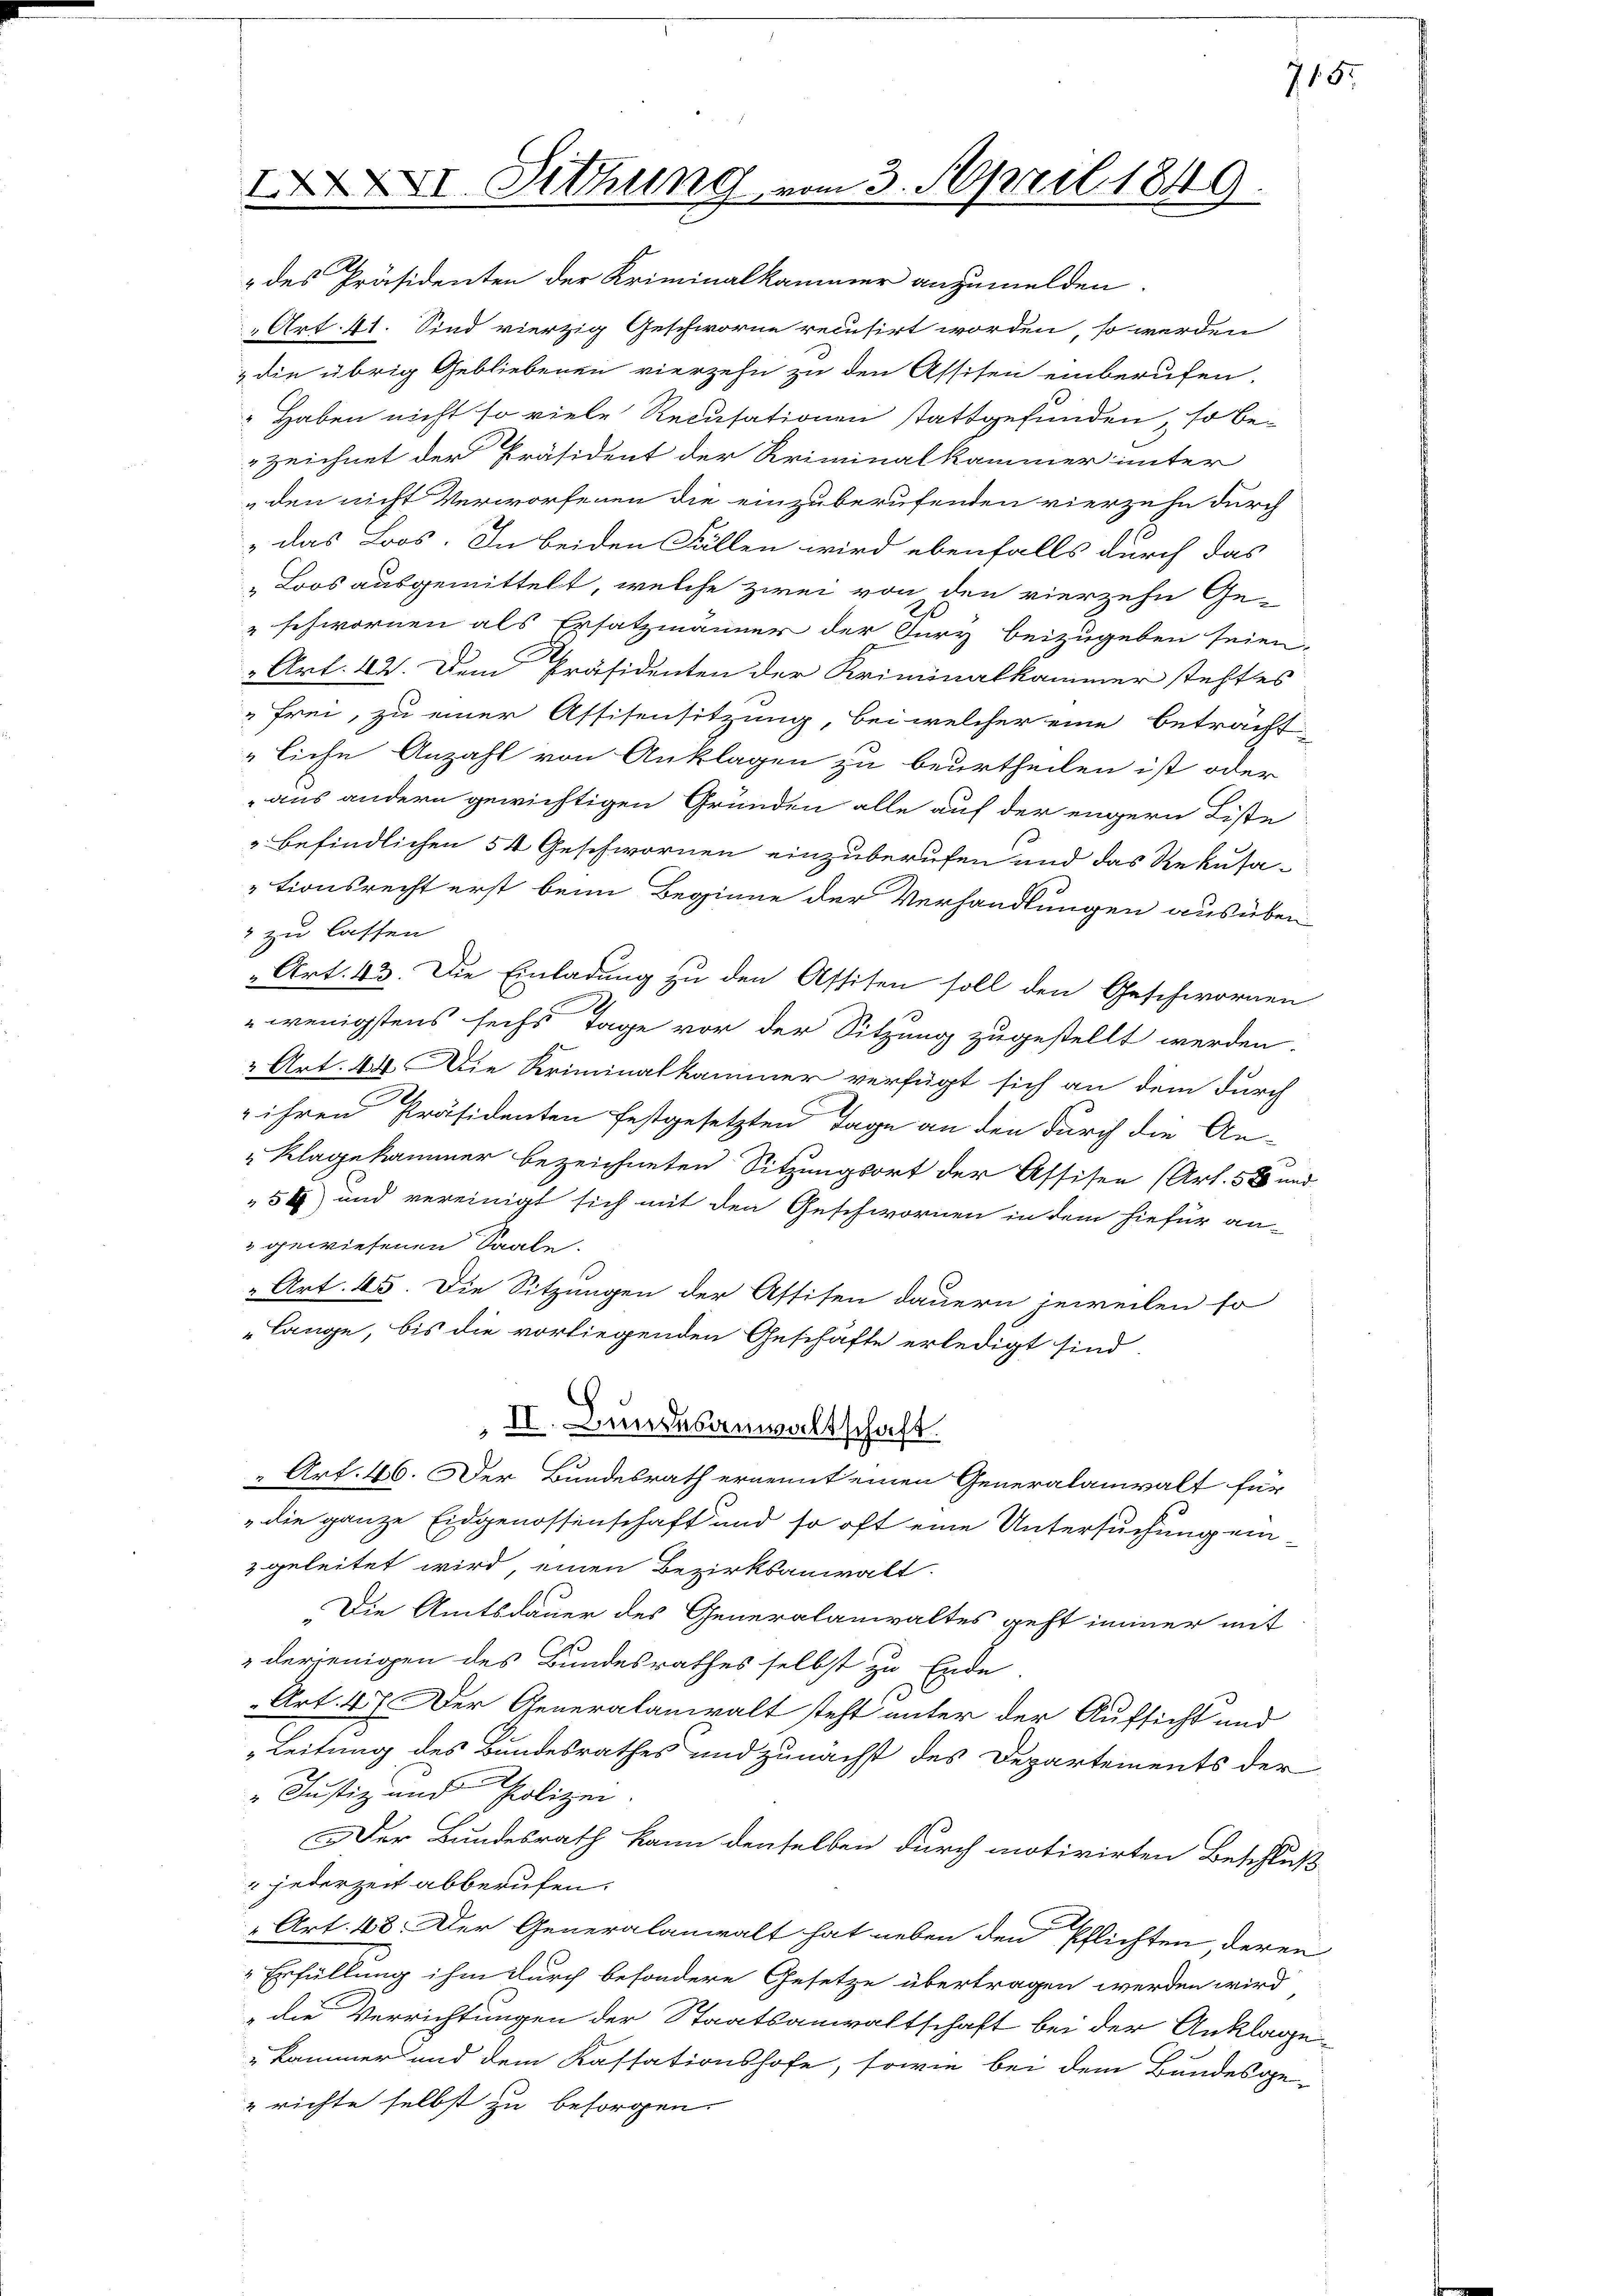
XXVI. Setzung vom 3. April 1849.

des Präsidenten der Kriminalkammer anzumelden.
Art. 41. Sind vierzig Geschworne recusirt worden, so werden
& die übrig Gebliebenen vierzehn zu den Assisen einberufen.
 Haben nicht so viele Recusationen stattgefunden, so be-
zeichnet der Präsident der Kriminalkammer unter
den nicht Verworfenen die einzuberufenden vierzehn durch
das Loos. In beiden Fällen wird ebenfalls durch das
Loos ausgemittelt, welche zwei von den vierzehn Ge-
" schwornen als Ersatzmänner der Sery beizugeben seien.
Art. 42. Dem Präsidenten der Kriminalkammer stehtes
"frei, zu einer Assisensitzung, bei welcher eine beträcht
liche Anzahl von Anklagen zu beurtheilen ist oder
aus andern gewichtigen Gründen alle auf der engern Liste
" befindlichen 54 Geschwornen einzuberufen und das Rekusationsrecht erst beim Beginne der Verhandlungen ausüben¬
" zu lassen.
Art. 43. Die Einladung zu den Assisen soll den Geschwornen
wenigstens sechs Tage vor der Sitzung zugestellt werden.
 Art. 44. Die Kriminalkammer verfügt sich an dem durch
 ihren Präsidenten festgesetzten Tage an den durch die An-
„Klagekammer bezeichneten Sitzungsort der Assisen (Art. 588 und
54) und vereinigt sich mit den Geschwornen in dem hiefür an-
" gewiesenen Saale.
„Art. 45. Die Sitzungen der Assisen dauern jeweilen so
"Lange, bis die vorliegenden Geschäfte erledigt sind,
II. Bundesanwaltschaft
“ Art. 46. Der Bundesrath ernennt einen Generalanwalt für
"die ganze Eidgenossenschaft und so oft eine Untersuchung ein¬
2 geleitet wird, einen Bezirksanwalt.
Die Amtsdauer des Generalanwaltes geht immer mit
derjenigen des Bundesrathes selbst zu Ende.
Art. 47 der Generalanwalt steht unter der Aufsicht und
Leitung des Bundesrathes und zunächst des Departements der
"Justiz und Polizei.
Der Bundesrath kann denselben durch motivirten Beschluß
jederzeit abberufen.
Art. 48. Der Generalanwalt hat neben den Pflichten deren
Erfüllung ihm durch besondere Gesetze übertragen werden wird
die Verrichtungen der Staatsanwaltschaft bei der Anklage
"kammer und dem Kassationshofe, sowie bei dem Bundesge-
 richte selbst zu besorgen.

715.

e